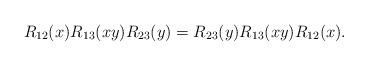
LaTeX: \begin{align*} R_{12} (x) R_{13} (x y) R_{23} (y) = R_{23} (y) R_{13} (x y) R_{12} (x).\end{align*}